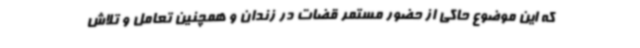
که این موضوع حاکی از حضور مستمر قضات در زندان و همچنین تعامل و تلاش